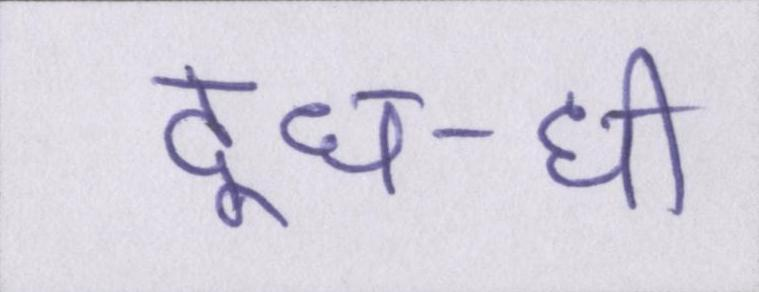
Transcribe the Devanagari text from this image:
दूध-घी